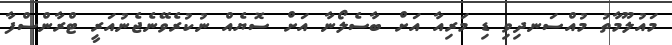
މައުލޫމާތު މުއްސަނދިވި ޑި މަރިއާ އަށް ބާސެލޯނާ އަށް ސޮޔެއް ނުކުރެވޭނެޖެނުއަރީ ޓްރާންސްފާ